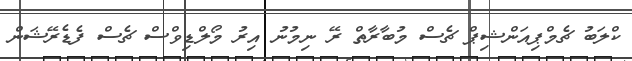
ކްލަބު ޗެމްޕިއަންޝިޕް ޗެސް މުބާރާތް ރޭ ނިމުނު އިރު މޯލްޑިވްސް ޗެސް ފެޑެރޭޝަން